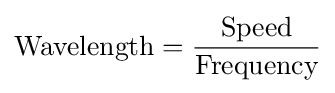
{\text{Wavelength}}={\frac {\text{Speed}}{\text{Frequency}}}